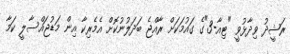
ރަޝީދު ވިދާޅުވީ "ޓިއާ-3"ގެ ގައުމަކަށް ރާއްޖެ ބަދަލުނުކޮށް އެމެރިކާ އިން މަޑުޖައްސާލީ ކަމާ